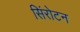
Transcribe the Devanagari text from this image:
सिंरोटन